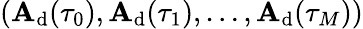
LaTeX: (\mathbf{A}_{\mathrm{{d}}}(\tau_{0}),\mathbf{A}_{\mathrm{{d}}}(\tau_{1}),\dots,\mathbf{A}_{\mathrm{{d}}}(\tau_{M}))